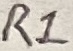
Text: R1